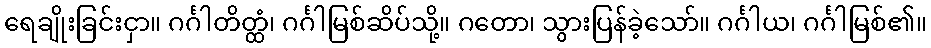
ရေချိုးခြင်းငှာ။ ဂင်္ဂါတိတ္ထံ၊ ဂင်္ဂါမြစ်ဆိပ်သို့။ ဂတော၊ သွားပြန်ခဲ့သော်။ ဂင်္ဂါယ၊ ဂင်္ဂါမြစ်၏။